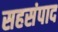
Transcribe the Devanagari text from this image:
सहसंपाद